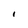
Character: I